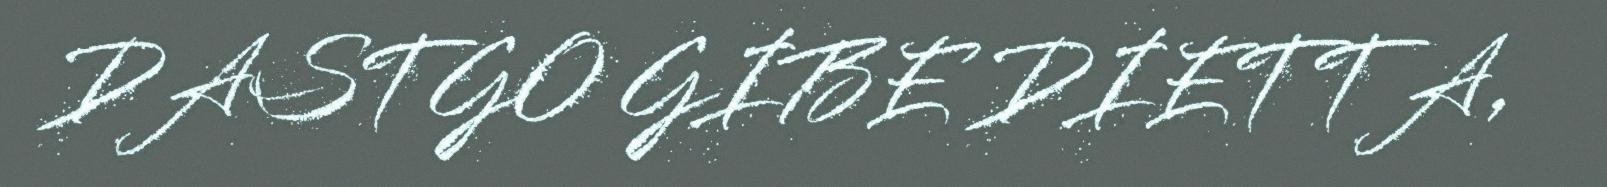
DASTGO GIBE DIETTA,